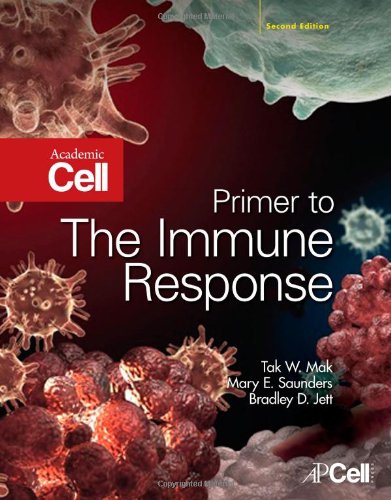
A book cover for Primer to the Immune Response, Second Edition; Tak W. Mak; Medical Books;